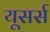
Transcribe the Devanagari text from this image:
यूसर्स